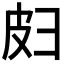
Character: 𫹄